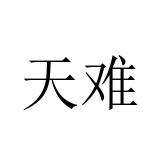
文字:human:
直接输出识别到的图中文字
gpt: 天难